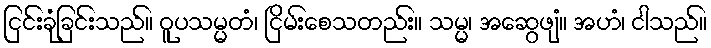
ငြင်းခုံခြင်းသည်။ ဝူပသမ္မတံ၊ ငြိမ်းစေသတည်း။ သမ္မ၊ အဆွေဖျံ။ အဟံ၊ ငါသည်။